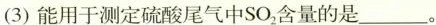
(3)能用于测定硫酸尾气中SO_{2}含量的是___。